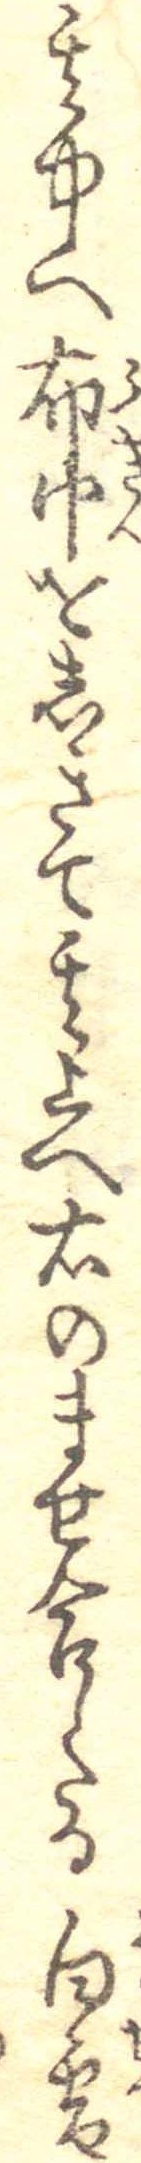
其中に布巾をしきて其上へ右のませ合したる白雪